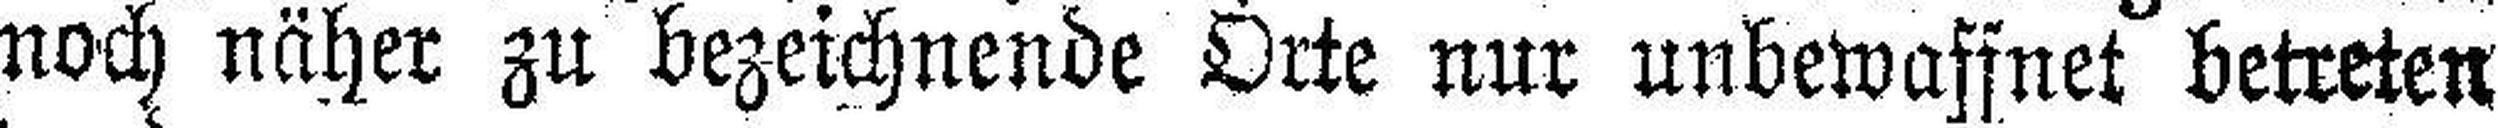
noch näher zu bezeichnende Orte nur unbewaffnet betreten